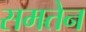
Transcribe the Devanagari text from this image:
समतेन